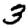
Digit: 3